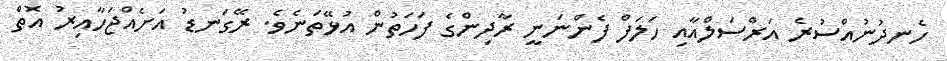
ހެނދުނުއްސުރެ އަރްސަލްއާއި ހަލަފް ފެންނަނީ ރާދިންގެ ފަހަތުން އުޅޭތަނެވެ. ރޭގަނޑު އަށެއްޖަހާއިރު އޮތް